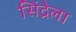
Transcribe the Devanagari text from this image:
सिंद्रेला